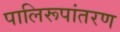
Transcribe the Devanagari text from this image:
पालिरूपांतरण